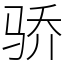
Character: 骄